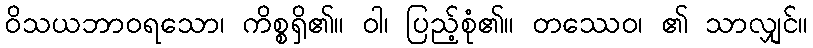
ဝိသယဘာဝရသော၊ ကိစ္စရှိ၏။ ဝါ၊ ပြည့်စုံ၏။ တဿေဝ၊ ၏ သာလျှင်။